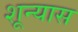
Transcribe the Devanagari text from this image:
शून्यास